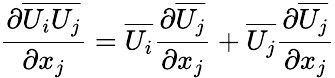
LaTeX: {\frac{\partial\overline{{U_{i}U_{j}}}}{\partial x_{j}}}=\overline{{U_{i}}}{\frac{\partial\overline{{U_{j}}}}{\partial x_{j}}}+\overline{{U_{j}}}{\frac{\partial\overline{{U_{j}}}}{\partial x_{j}}}